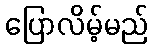
ပြောလိမ့်မည်